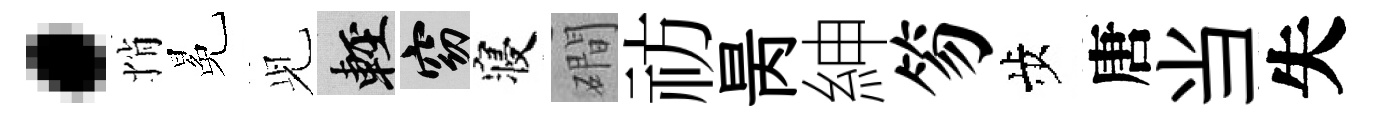
·悄冕𫤗輕窈寝磵祊昺紳笏歩唐当失